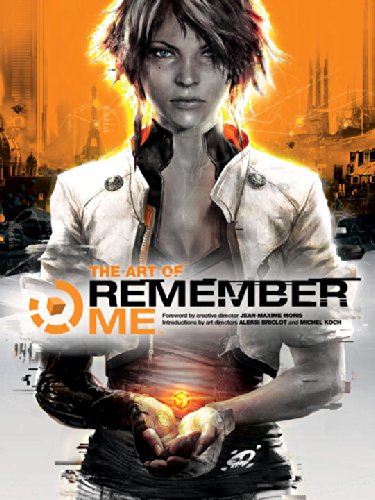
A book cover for The Art of Remember Me; Aleksi Briclot; Arts & Photography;